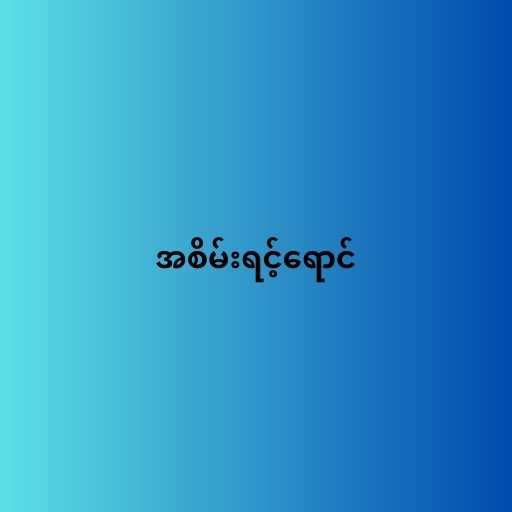
အစိမ်းရင့်ရောင်